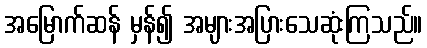
အမြောက်ဆန် မှန်၍ အများအပြားသေဆုံးကြသည်။